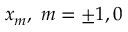
x _ { m } , \; m = \pm 1 , 0